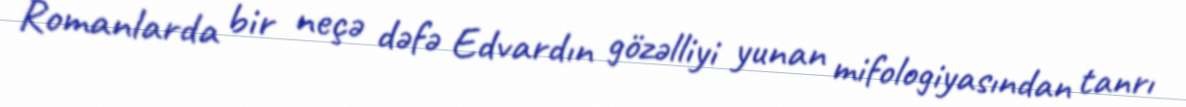
Romanlarda bir neçə dəfə Edvardın gözəlliyi yunan mifologiyasından tanrı